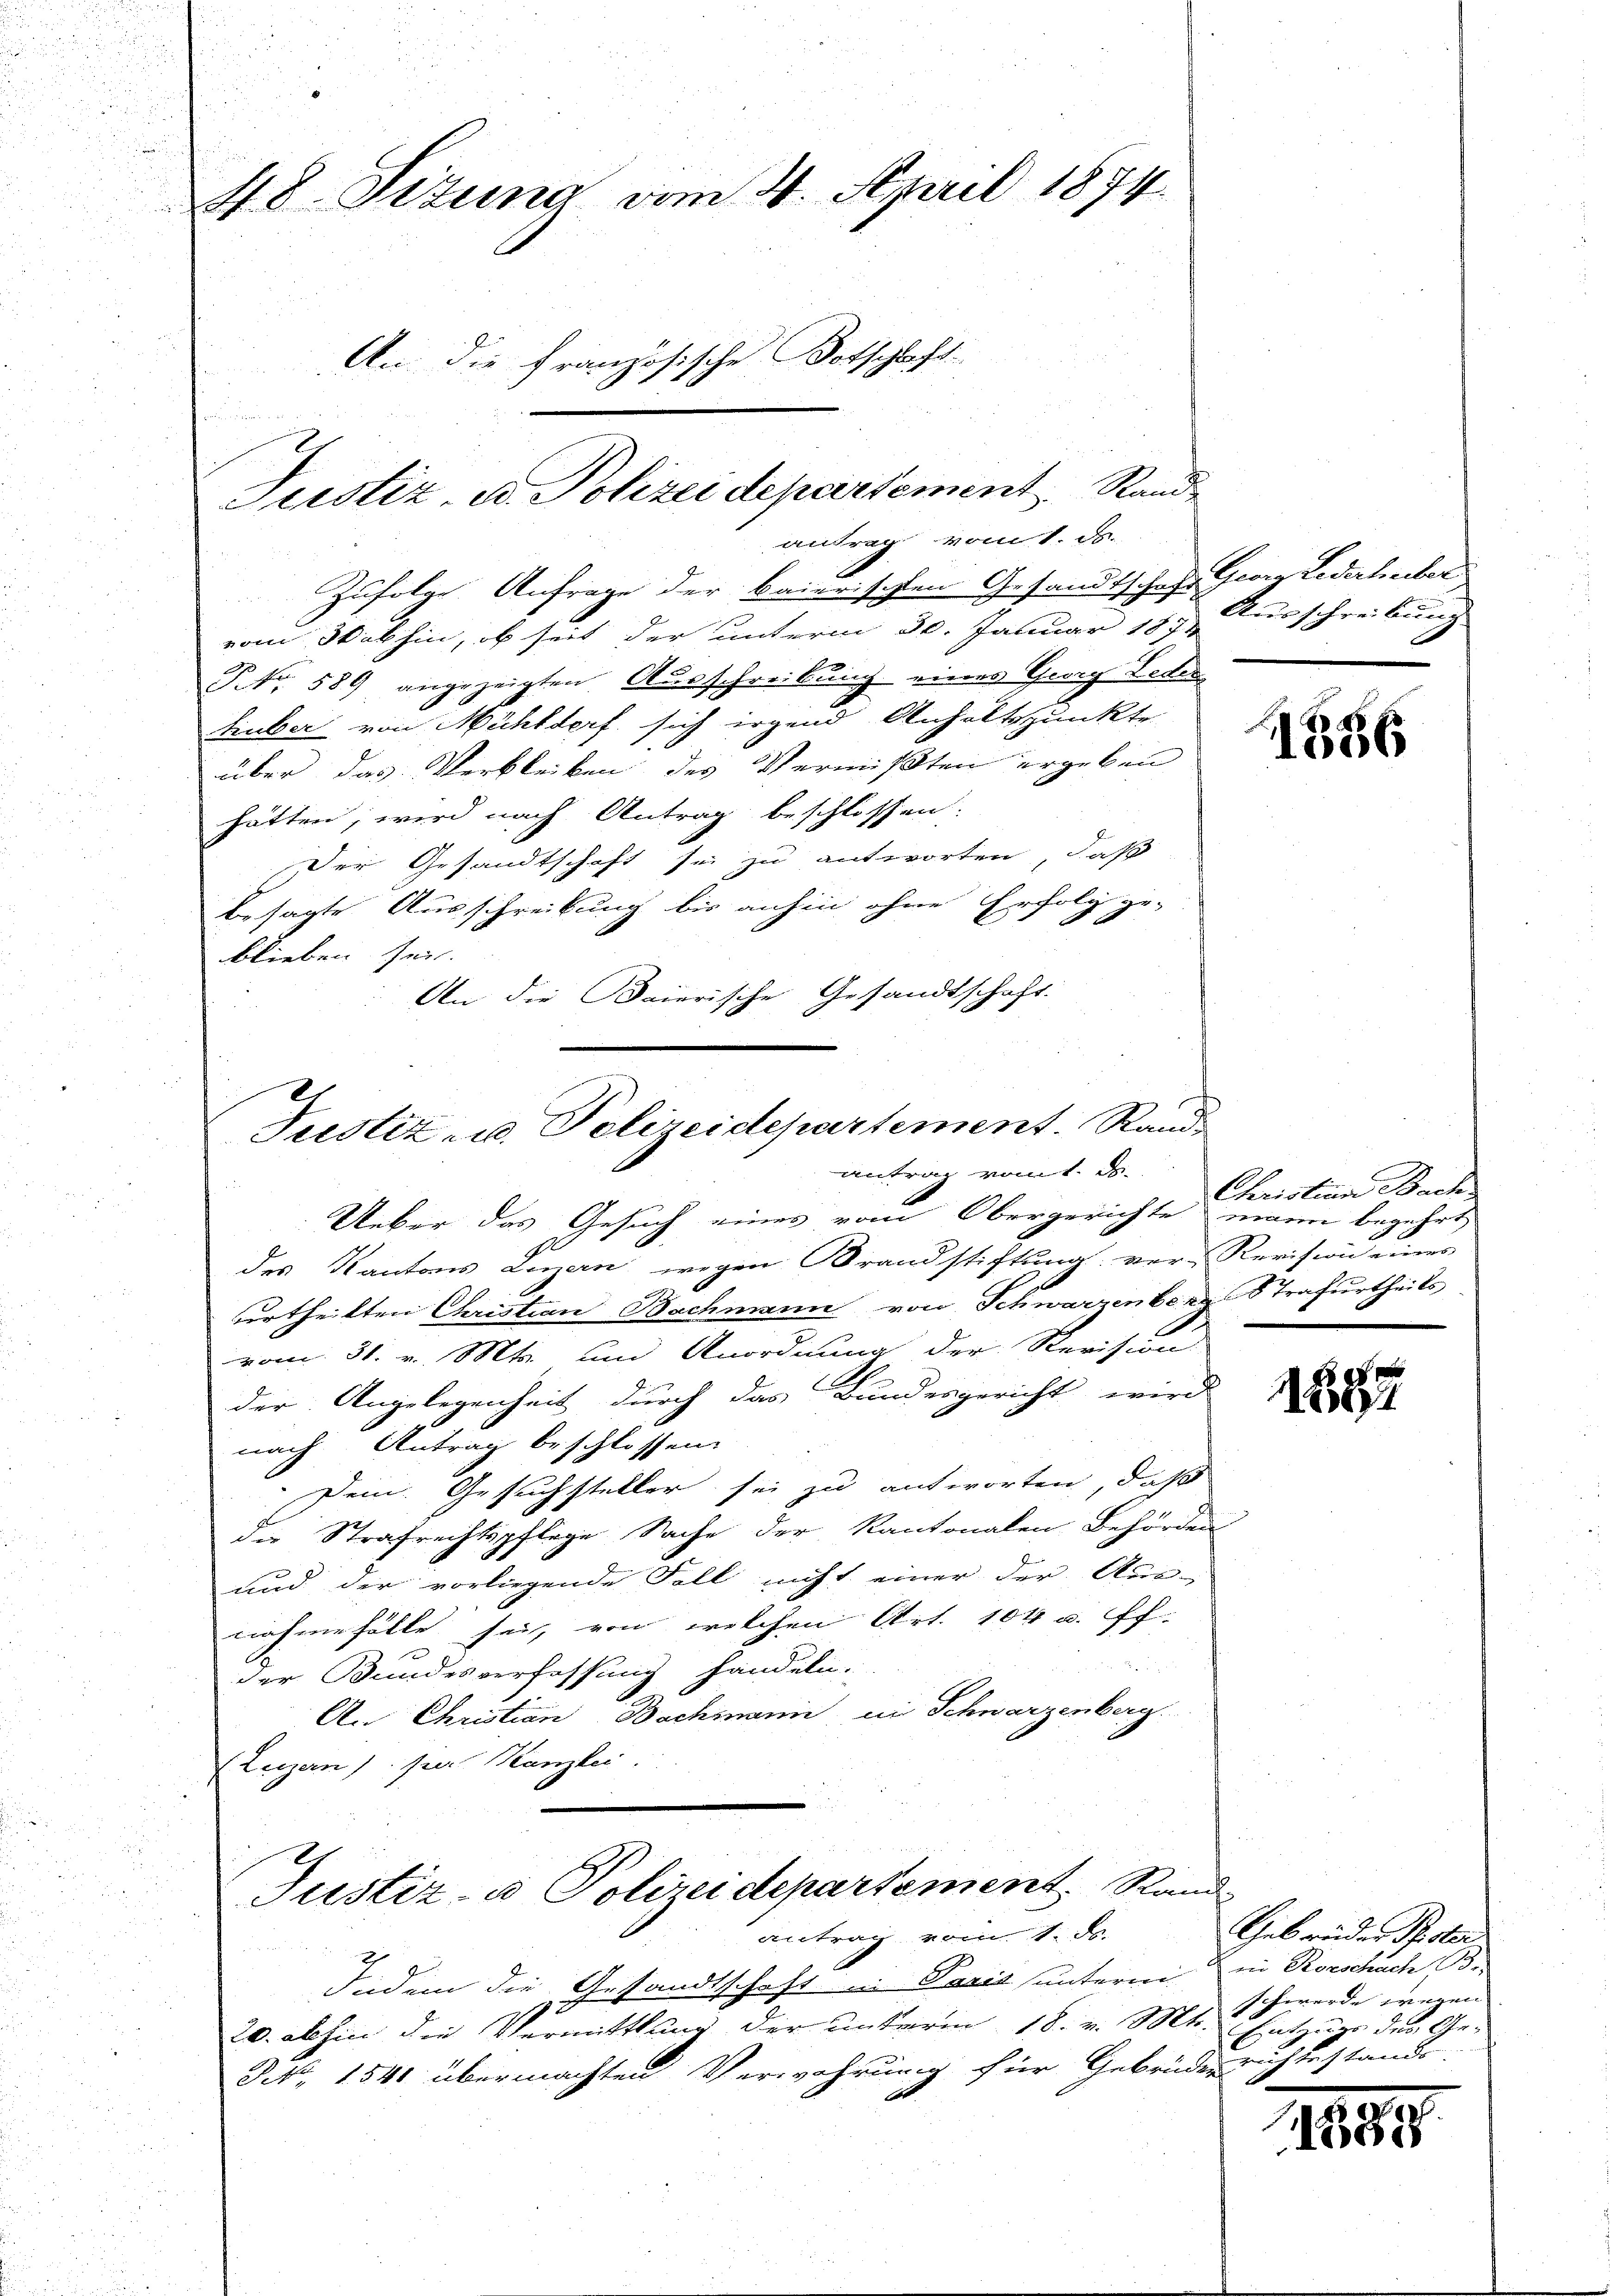
48. Sitzung vom 2. April 1874.
An die französische Botschlecht

Zufolge Anfrage der baierischen Gesandtschaft Georg Ledertenber
vom 30 abhin, ob seit der unterm 30. Januar 187. Ausschreibung
P. Nr. 589 angezeigten Ausschreibung eines Georg Leder
huber von Mühldorf sich irgend Anhaltspunkte
über das Verbleiben des Vermißten ergeben
hätten, wird nach Antrag beschlossen.
Der Gesandtschaft sei zu antworten, daß
besagte Ausschreibung bis anhin ohne Erfolg ge-
blieben sei.
An die Baierische Gesandtschaft.

Justiz- u. Polizei departement Stand
antrag vom 1. ds.

Justiz- u. Polizeidepartement. Randantrag vom 1. ds.

Ueber das Gesuch eines vom Obergerichte mann begehrt
des Kantons Luzern wegen Brandstiftung vor Revision einer
urtheilten Christian Bachmann von Schwarzenbergstrafurtheils
vom 31. v. Mts. und Anordnung der Revision
der Angelegenheit durch das Bundesgericht wird
nach Antrag beschlossen:
Dem Gesuchsteller sei zu antworten, daß
die Strafrechtspflege Sache der Kantonalen Behörden
und der vorliegende Fall nicht einer der Aus-
nahme fälle sei, von welchen Art. 104 u. ff.
der Bundesverfassung handeln.
An Christian Bachmann in Schwarzenberg.
Luzern) per Kanzlei.
Justiz- & Polizeidepartement. Rand
antrag vom 1. ds.

Indem die Gesandtschaft in Paris unterm in Rorschach Br
.
20. abhin die Vermittlung der unterm 18. v. Mts. Entzugs des Ge-
NNo. 1541 übermachten Verwahrung für Gebrüderrichtestande.

1556

Christian Bach

1597

Gebrüder Poster
schwerde wegen

155